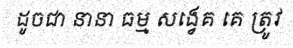
ដូចជា នានា ធម្ម សង្វេគ គេ ត្រូវ